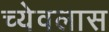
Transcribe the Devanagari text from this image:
च्येवलास